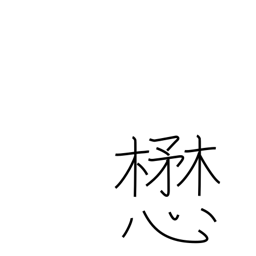
Meaning: strive